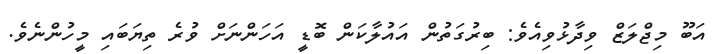
އަބޫ މިޖްލަޒް ވިދާޅުވިއެވެ: ބިރުގަތުން އައުލާކަން ބޮޑީ އަހަންނަށް ވުރެ ތިޔަބައި މީހުންނެވެ.